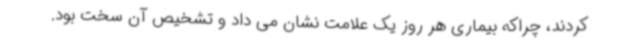
کردند، چراکه بیماری هر روز یک علامت نشان می داد و تشخیص آن سخت بود.